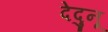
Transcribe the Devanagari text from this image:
देदुनू